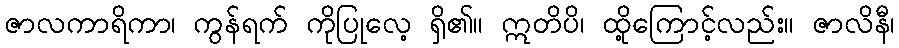
ဇာလကာရိကာ၊ ကွန်ရက် ကိုပြုလေ့ ရှိ၏။ ဣတိပိ၊ ထို့ကြောင့်လည်း။ ဇာလိနီ၊